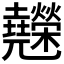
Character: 𰋇